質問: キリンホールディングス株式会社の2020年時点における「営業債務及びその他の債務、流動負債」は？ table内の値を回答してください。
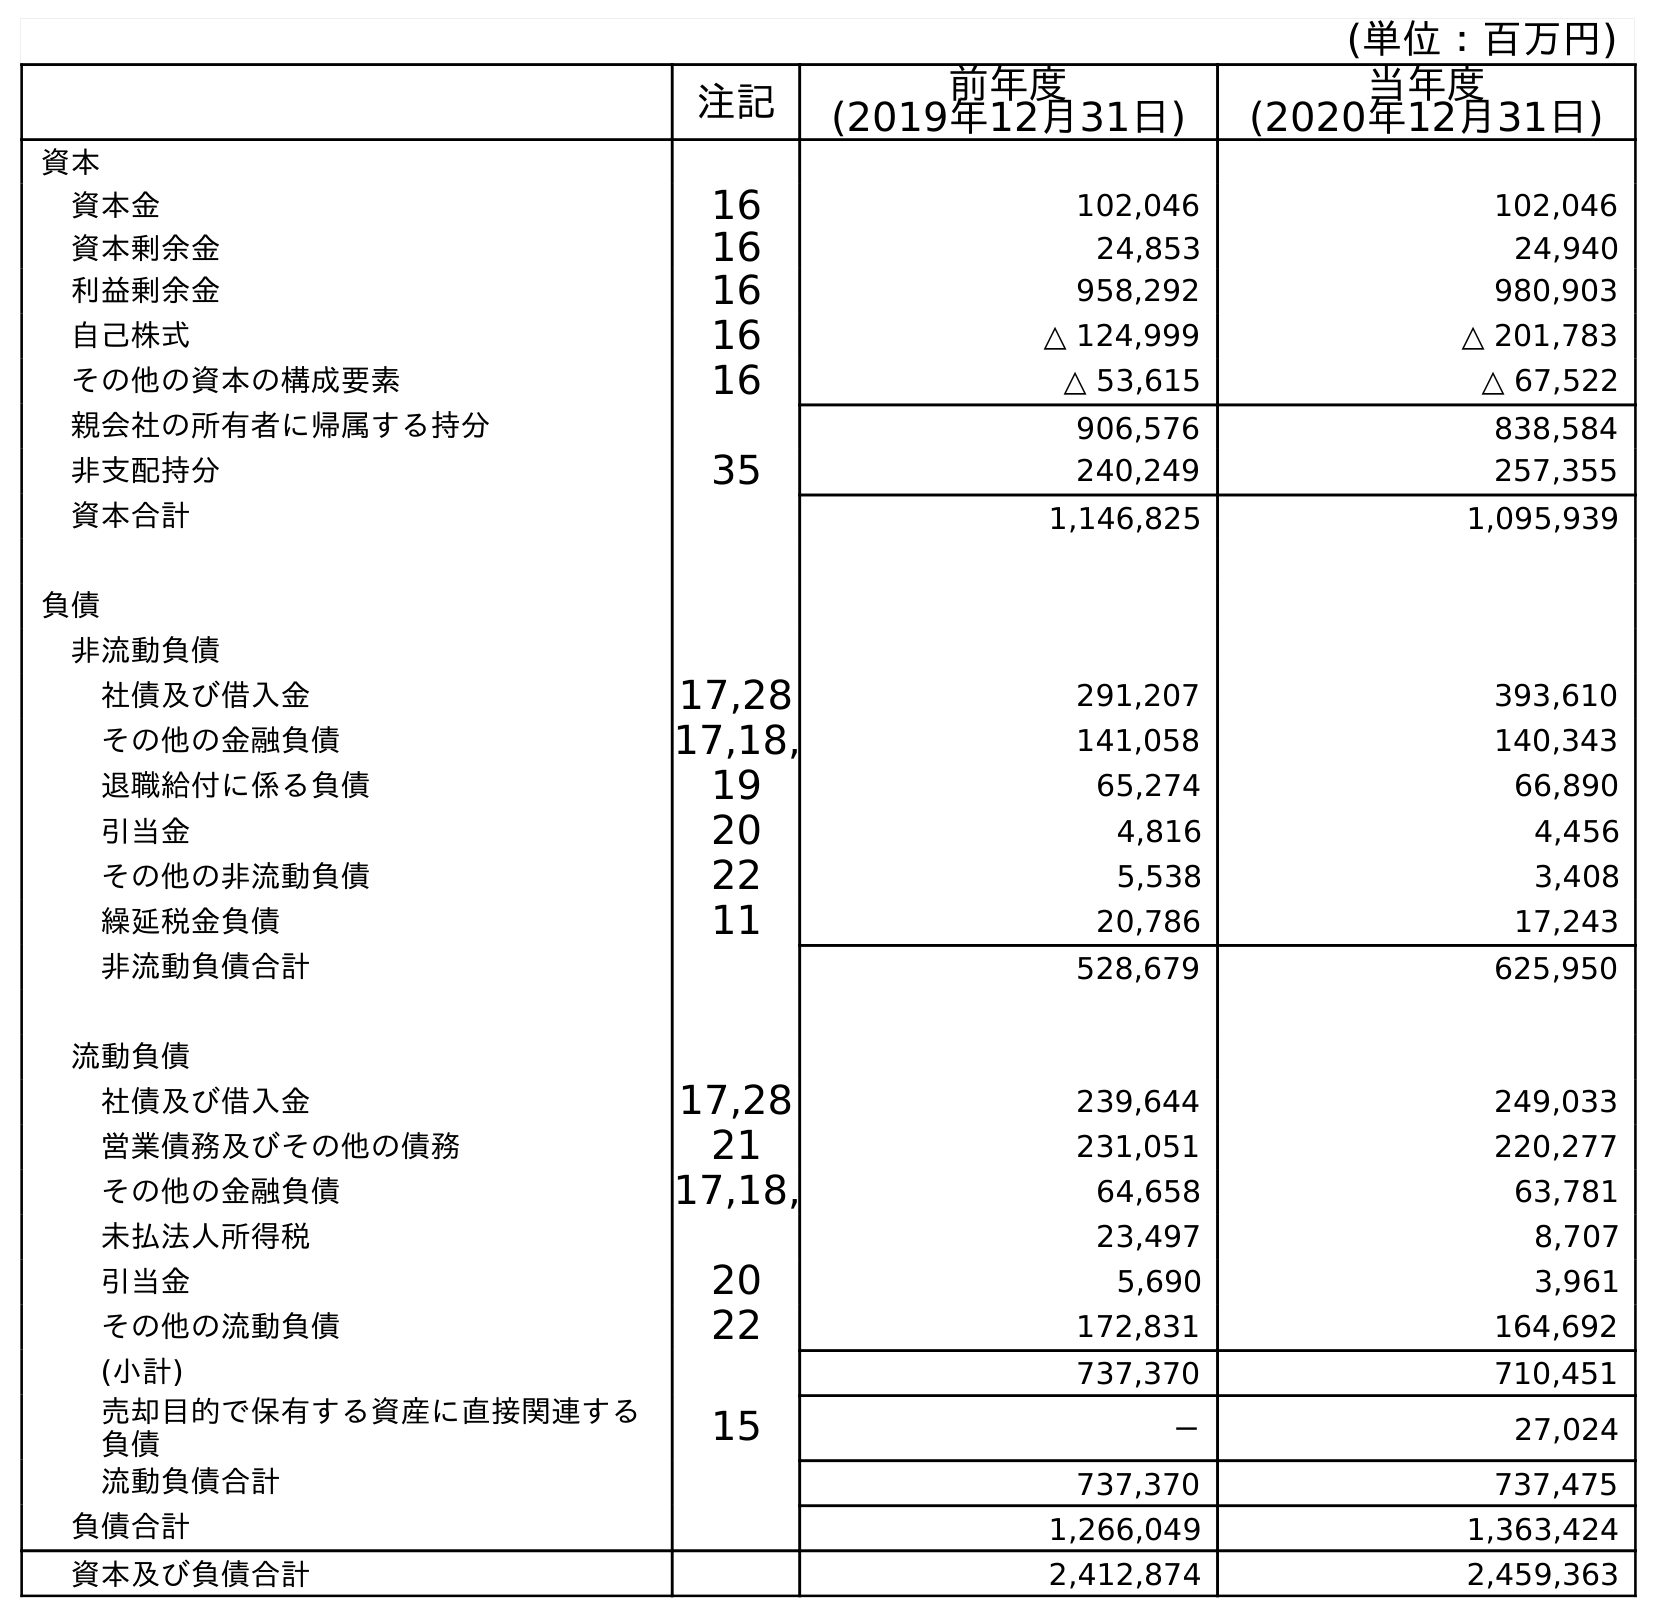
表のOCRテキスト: (単位：百万円) 注記 前年度 (2019年12月31日) 当年度 (2020年12月31日) 資本 資本金 16 102,046 102,046 資本剰余金 16 24,853 24,940 利益剰余金 16 958,292 980,903 自己株式 16 △ 124,999 △ 201,783 その他の資本の構成要素 16 △ 53,615 △ 67,522 親会社の所有者に帰属する持分 906,576 838,584 非支配持分 35 240,249 257,355 資本合計 1,146,825 1,095,939 負債 非流動負債 社債及び借入金 17,28 291,207 393,610 その他の金融負債 17,18, 141,058 140,343 退職給付に係る負債 19 65,274 66,890 引当金 20 4,816 4,456 その他の非流動負債 22 5,538 3,408 繰延税金負債 11 20,786 17,243 非流動負債合計 528,679 625,950 流動負債 社債及び借入金 17,28 239,644 249,033 営業債務及びその他の債務 21 231,051 220,277 その他の金融負債 17,18, 64,658 63,781 未払法人所得税 23,497 8,707 引当金 20 5,690 3,961 その他の流動負債 22 172,831 164,692 (小計) 737,370 710,451 売却目的で保有する資産に直接関連する 負債 15 － 27,024 流動負債合計 737,370 737,475 負債合計 1,266,049 1,363,424 資本及び負債合計 2,412,874 2,459,363
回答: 220,277